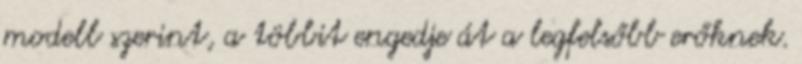
modell szerint, a többit engedje át a legfelsőbb erőknek.